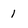
Character: 1